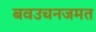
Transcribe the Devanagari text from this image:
बवउचनजमत